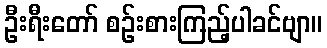
ဦးရီးတော် စဉ်းစားကြည့်ပါခင်ဗျာ။